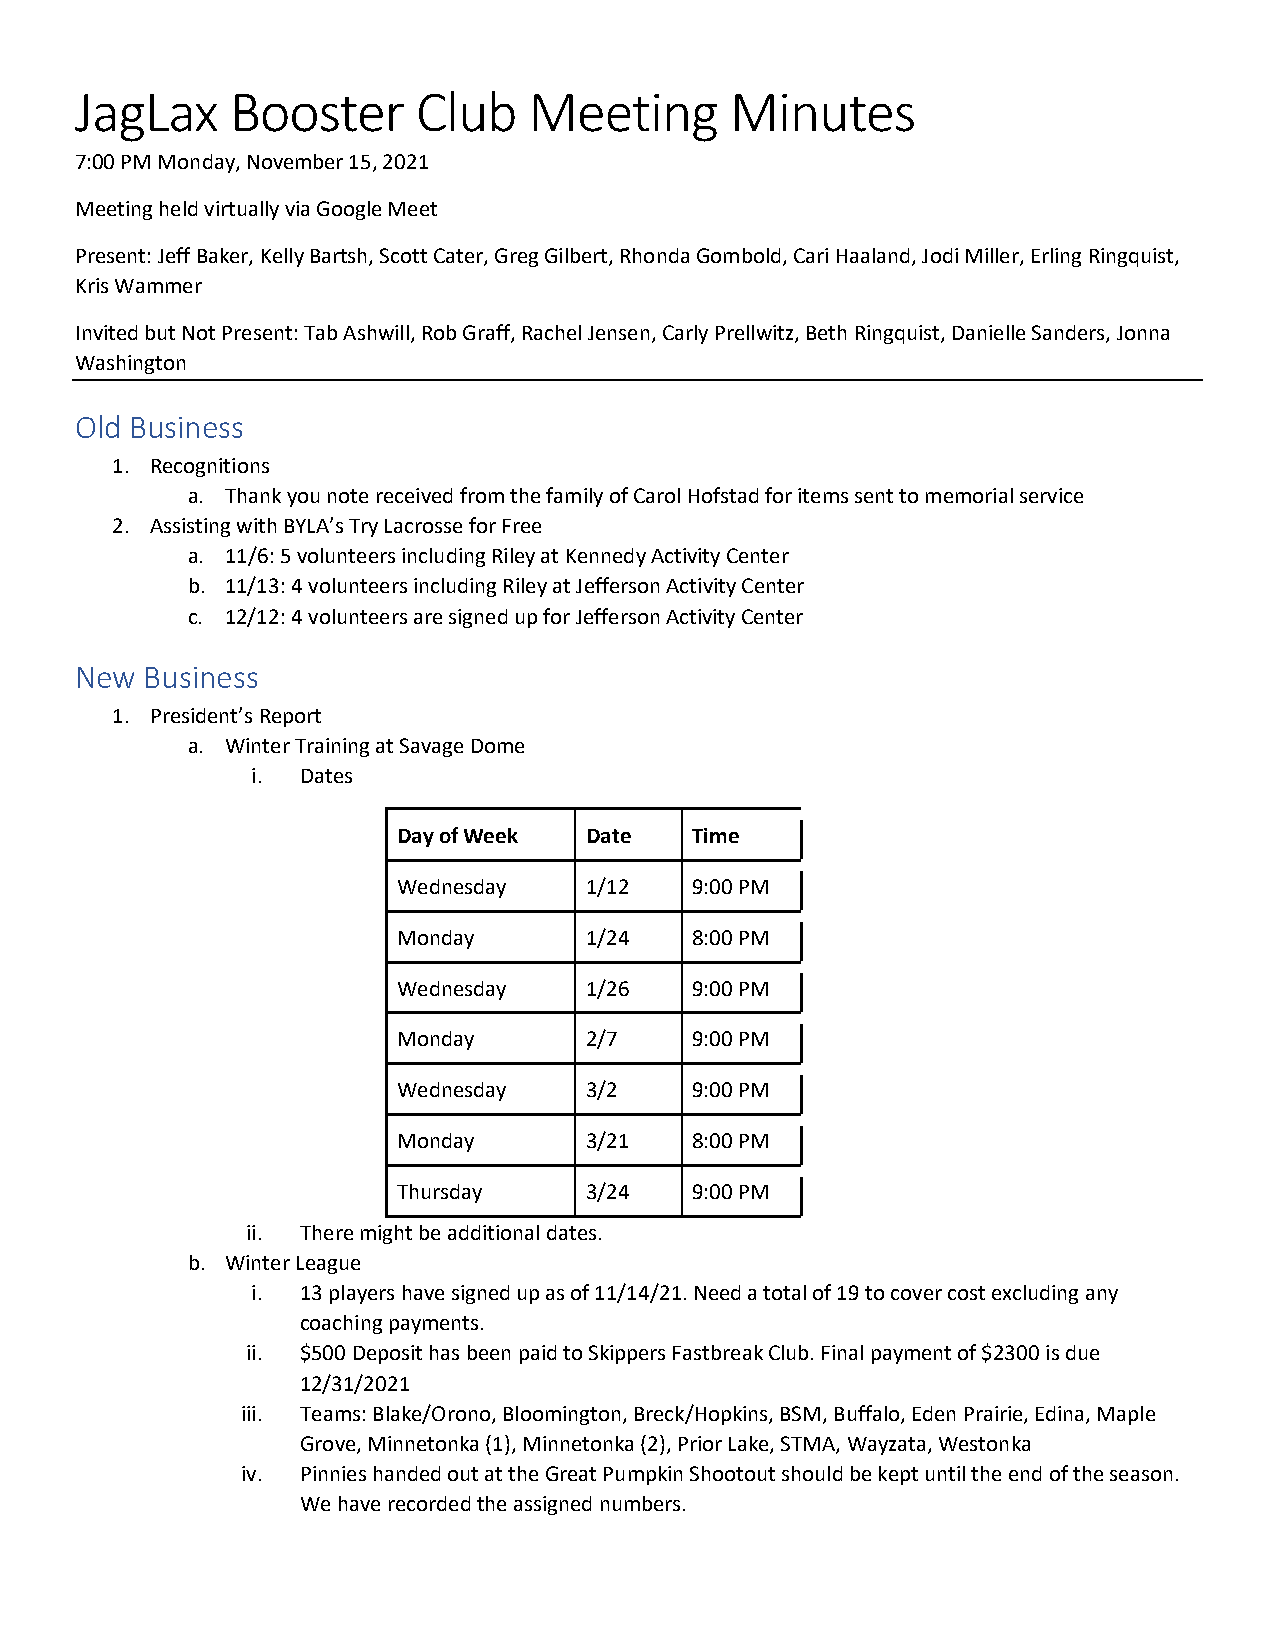
JagLax    Booster      Club   Meeting      Minutes
 7:00 PM Monday, November 15, 2021
 Meeting held virtually via Google Meet
 Present: Jeff Baker, Kelly Bartsh, Scott Cater, Greg Gilbert, Rhonda Gombold, Cari Haaland, Jodi Miller, Erling Ringquist,
 Kris Wammer
 Invited but Not Present: Tab Ashwill, Rob Graff, Rachel Jensen, Carly Prellwitz, Beth Ringquist, Danielle Sanders, Jonna
 Washington
 Old Business
 1. Recognitions
 a. Thank you note received from the family of Carol Hofstad for items sent to memorial service
 2. Assisting with BYLA’s Try Lacrosse for Free
 a. 11/6: 5 volunteers including Riley at Kennedy Activity Center
 b. 11/13: 4 volunteers including Riley at Jefferson Activity Center
 c. 12/12: 4 volunteers are signed up for Jefferson Activity Center
 New  Business
 1. President’s Report
 a. Winter Training at Savage Dome
 i. Dates
 Day of Week  Date   Time
 Wednesday    1/12   9:00 PM
 Monday       1/24   8:00 PM
 Wednesday    1/26   9:00 PM
 Monday       2/7    9:00 PM
 Wednesday    3/2    9:00 PM
 Monday       3/21   8:00 PM
 Thursday     3/24   9:00 PM
 ii. There might be additional dates.
 b. Winter League
 i. 13 players have signed up as of 11/14/21. Need a total of 19 to cover cost excluding any
 coaching payments.
 ii. $500 Deposit has been paid to Skippers Fastbreak Club. Final payment of $2300 is due
 12/31/2021
 iii. Teams: Blake/Orono, Bloomington, Breck/Hopkins, BSM, Buffalo, Eden Prairie, Edina, Maple
 Grove, Minnetonka (1), Minnetonka (2), Prior Lake, STMA, Wayzata, Westonka
 iv. Pinnies handed out at the Great Pumpkin Shootout should be kept until the end of the season.
 We have recorded the assigned numbers.